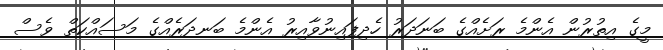
މީގެ އިތުރުން އެންމެ ރަށެއްގެ ބަނަދަރު ހެދިފައިނުވާއިރު އެންމެ ބަނދަރެއްގެ މަސައްކަތް ވެސް